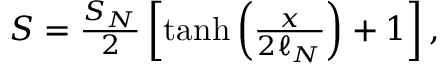
\begin{array} { r } { S = \frac { S _ { N } } { 2 } \left[ \operatorname { t a n h } \left( \frac { x } { 2 \ell _ { N } } \right) + 1 \right] , } \end{array}